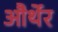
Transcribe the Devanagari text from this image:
और्थेर